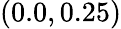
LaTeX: (0.0,0.25)